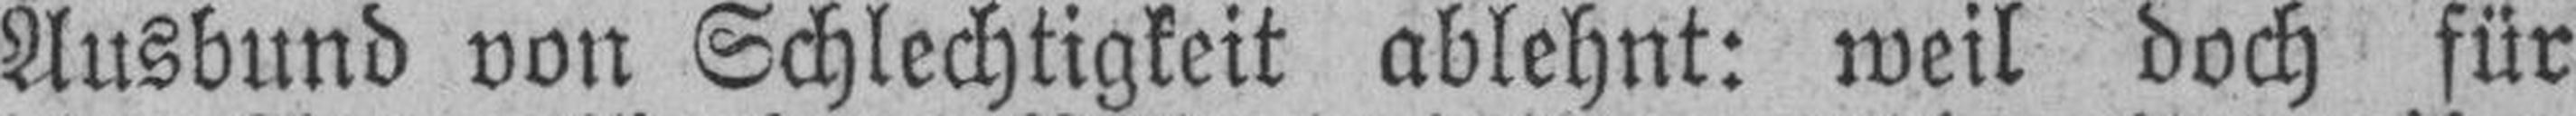
Ausbund von Schlechtigkeit ablehnt: weil doch für